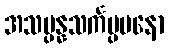
အသမ္ပန္နသင်္ကပ္ပမနော